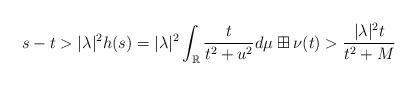
LaTeX: \begin{align*} s-t>|\lambda|^2h(s)=|\lambda|^2\int_\mathbb{R}\frac{t}{t^2+u^2}d\mu\boxplus\nu(t) >\frac{|\lambda|^2 t}{t^2+M}\end{align*}